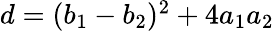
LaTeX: \begin{array}{r}{d=(b_{1}-b_{2})^{2}+4a_{1}a_{2}}\end{array}